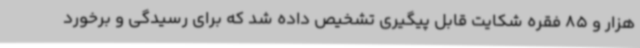
هزار و 85 فقره شکایت قابل پیگیری تشخیص داده شد که برای رسیدگی و برخورد